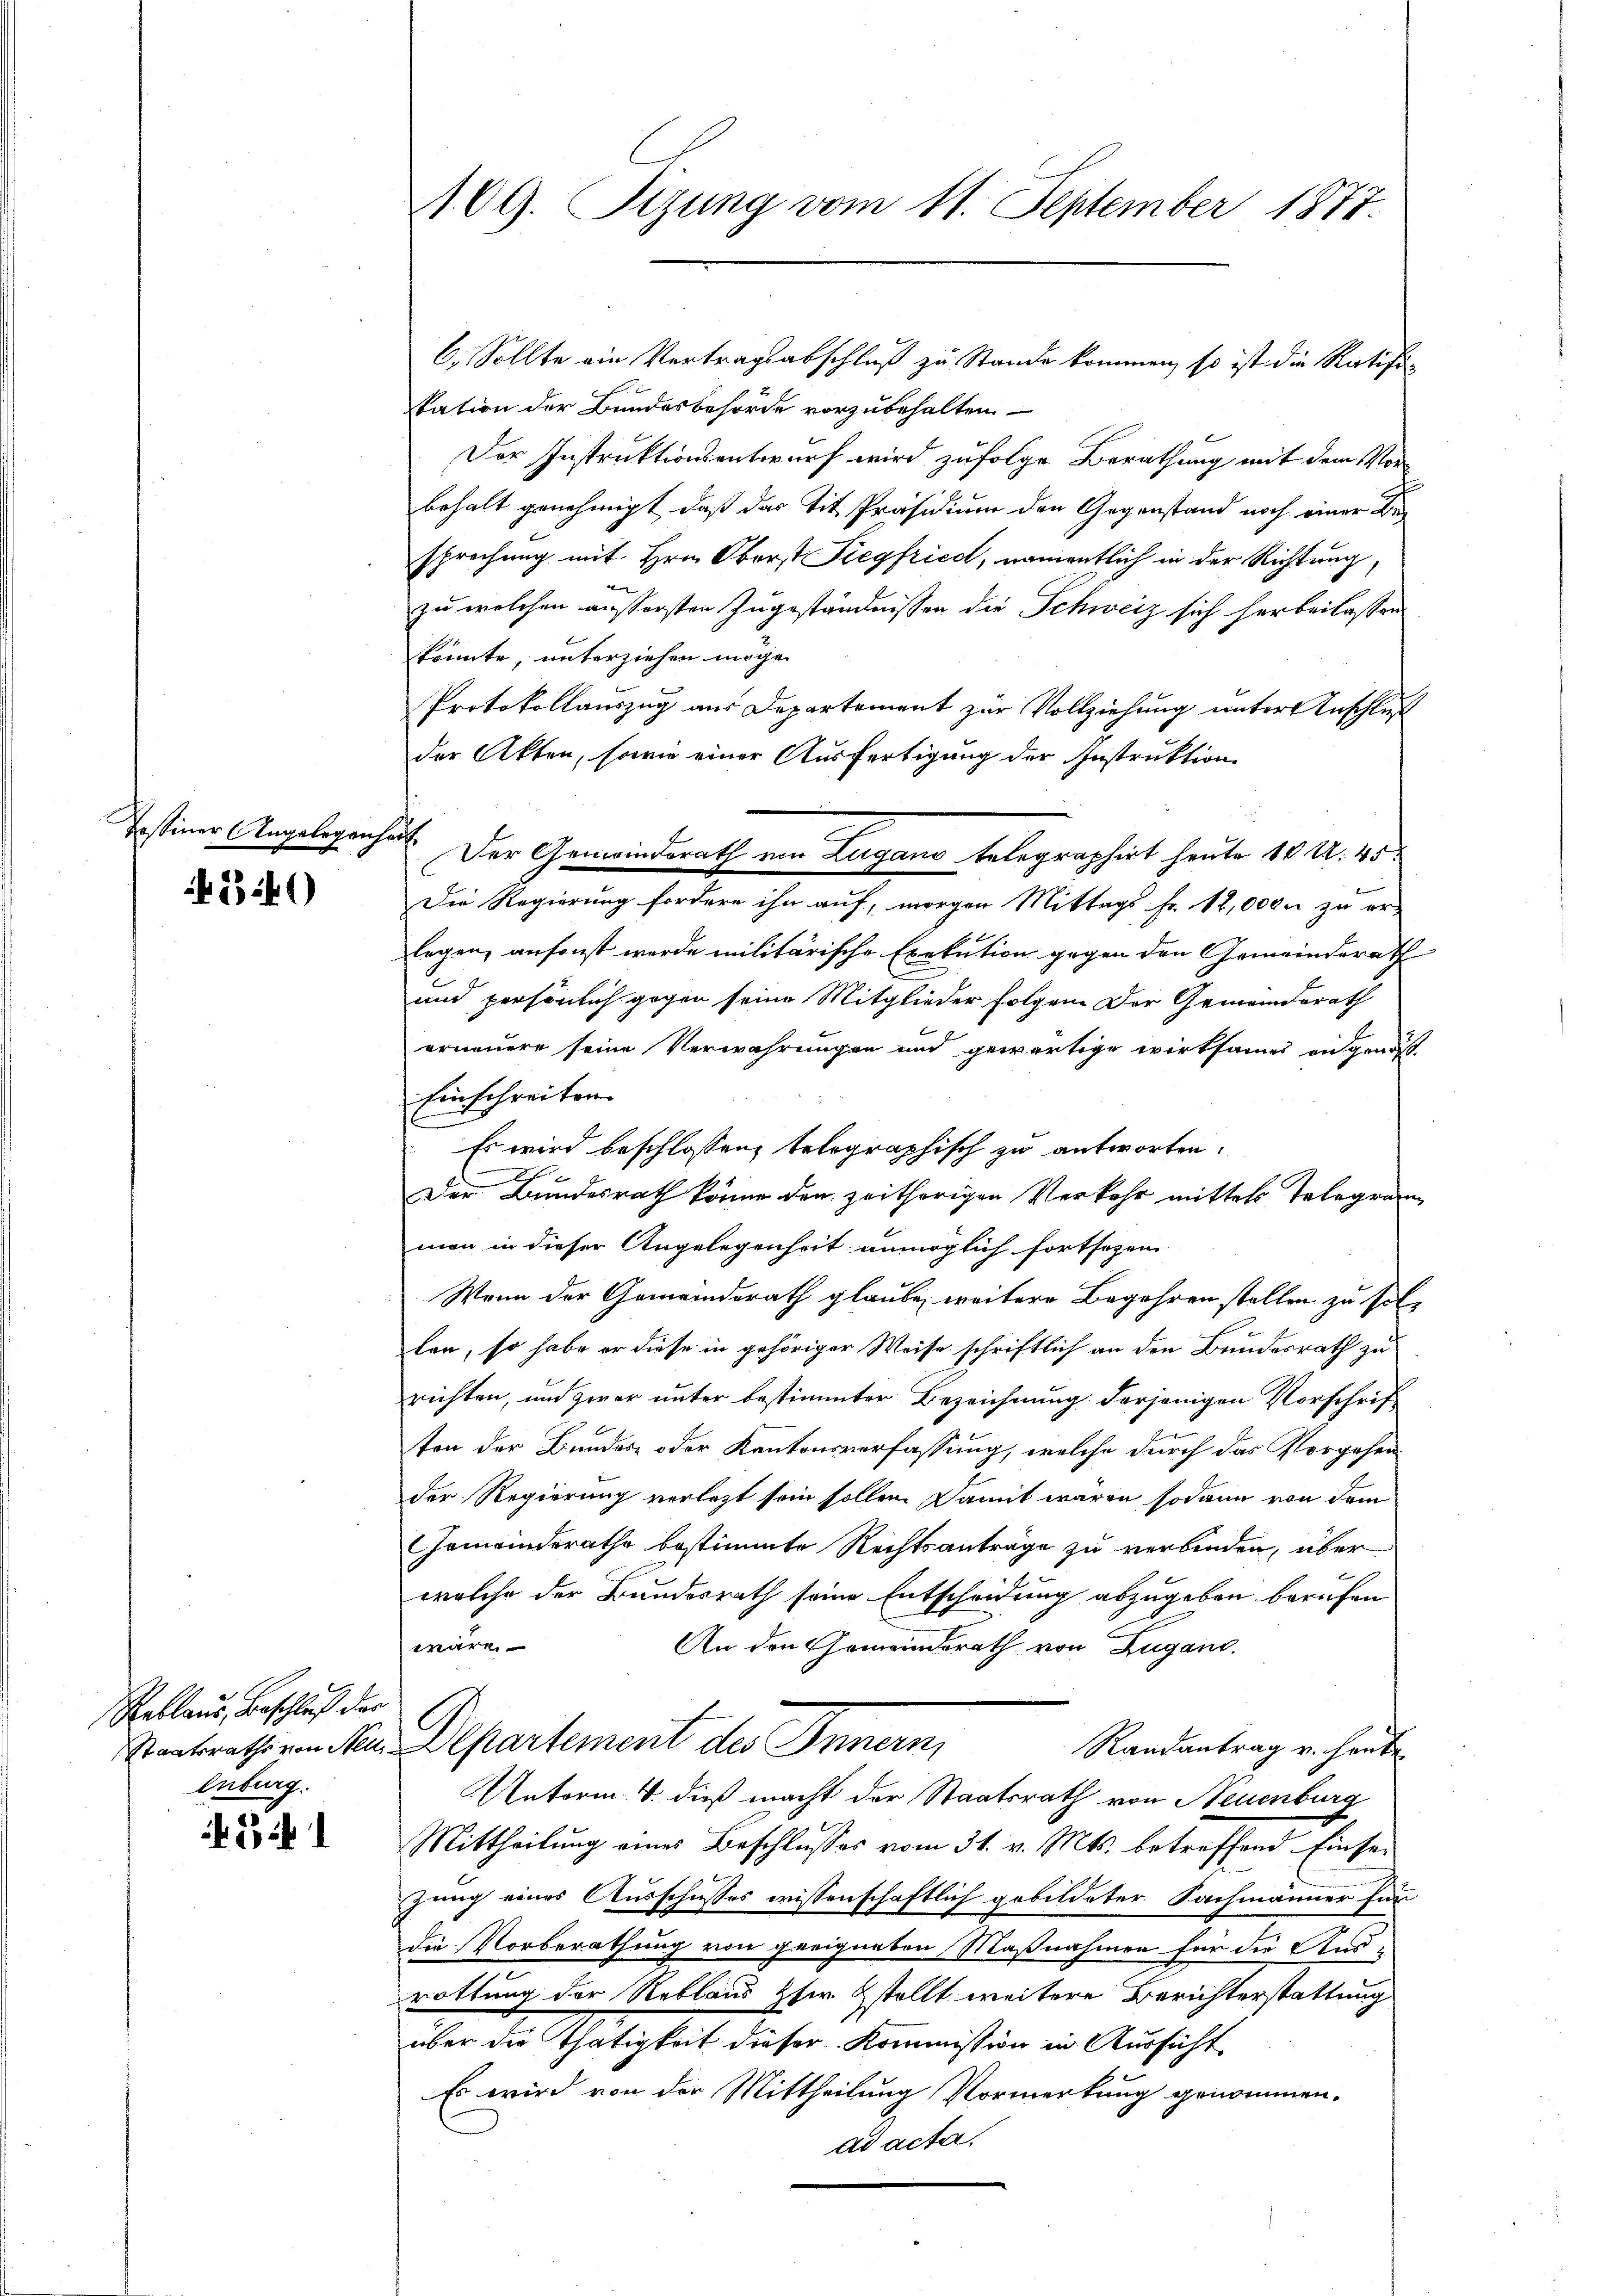
fchu

45340)

Reklaus, Beschluß der
Enberg.

legenhaft

6. Sollte ein Vertragsabschluß zu Stande kommen, so ist die Ratifikation der Bundesbehörde vorzubehalten.
Der Instruktionsentwurf wird zufolge Berathung mit dem Vorbehalt genehmigt, daß das Tit. Präsidium den Gegenstand noch einer Besprechung mit Hrn. Oberst Siegfried, namentlich in der Richtung,
d
zu welchen äussersten Zugeständnissen die Schweiz sich herbeilassen
könnte, unterziehen möge.
Protokollauszug aus Departement zur Vollziehung unter Anschluß
der Akten, sowie einer Ausfertigung der Instruktion
Der Gemeindsrath von Zugano telegraphirt heute 10 U. 45
Die Regierung fordere ihn auf, morgen Mittags Fr. 12,000. zu er-
legen, ansonst werde militärische Exekution gegen den Gemeinderath
und persönlich gegen seine Mitglieder folgen der Gemeinderath
erneuere seine Verwahrungen und gewärtige wirksames an genos-
Einschreiben.
Es wird beschlossen, telegraphisch zu antworten.
Der Bundesrath könne den zeitherigen Verkehr mittels Telegram-
man in dieser Angelegenheit unmöglich fortsezen
Wenn der Gemeinderath glaube, weitere Begehren stellen zu sol-
len, so habe er diese in gehöriger Weise schriftlich an den Bundesrath zu
richten, und zwar unter bestimmter Bezeichnung derjenigen Vorschriften der Bundes- oder Kantonsverfassung, welche durch das Vorgehen
der Regierung verletzt sein sollen. Damit waren sodann von dem
Gemeinderathe bestimmte Rechtsanträge zu verbinden, über
welche der Bundesrath seine Entscheidung abzugeben berufen
.
An den Gemeindsrath von Zugano.
wäre
Staatsrathe von Nein Departement des Innern,
Randantrag v. heute
Unterm 4. dieß macht der Staatsrath von Neuenburg
Mittheilung eines Beschlusses vom 31. v. Mts. betreffend Einsezung eines Ausschusses wissenschaftlich gebildeter Sachmänner fün
die Vorberathung von geeigneten Maßnahmen für die Aus-
rottung der Reblaus her stellt weitere Berichterstattung
über die Thätigkeit dieser Kommission in Aussicht
Es wird von der Mittheilung Vormerkung genommen.
ad acta.

109. Tizung vom 11. September 1877.